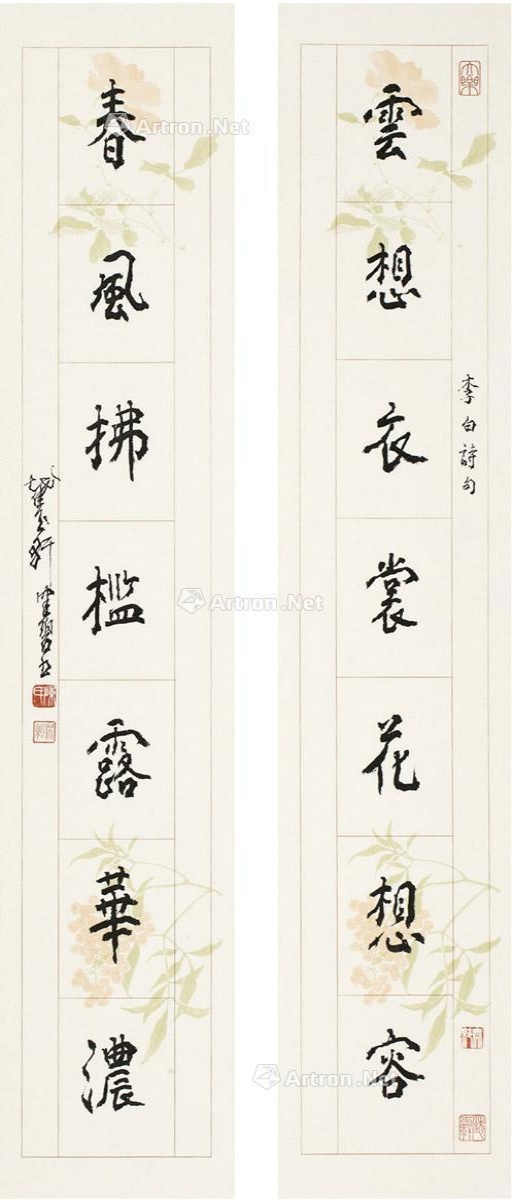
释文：云想衣裳花想容，春风拂槛露华浓。李白诗句，截玉轩健碧书。